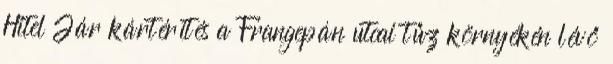
Hitel Jár kártérítés a Frangepán utcai tűz környékén lévő